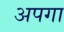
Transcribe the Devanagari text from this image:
अपगा